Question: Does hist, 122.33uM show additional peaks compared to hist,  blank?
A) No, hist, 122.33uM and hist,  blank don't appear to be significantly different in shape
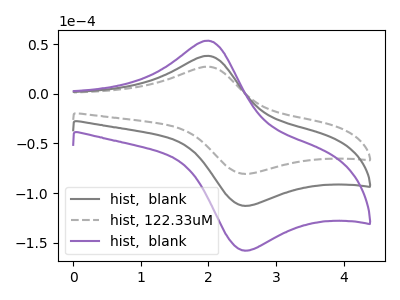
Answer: <think>The gray curve "hist,  blank" has an anodic peak at (2.00V, 38.25uA) and a cathodic peak at (2.50V, -112.70uA). The gray dashed curve "hist, 122.33uM" has an anodic peak at (2.00V, 27.35uA) and a cathodic peak at (2.50V, -80.50uA). The purple curve "hist,  blank" has an anodic peak at (2.00V, 76.55uA) and a cathodic peak at (2.50V, -225.40uA).
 All the peaks in "hist, 122.33uM" have a peak in "hist,  blank" at the same potential. Every peak in "hist, 122.33uM" is lower than every peak in "hist,  blank".</think>
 <answer>A) No, "hist, 122.33uM" and "hist,  blank" don't appear to be significantly different in shape</answer>
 <eval>A</eval>